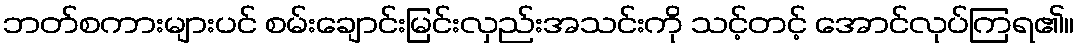
ဘတ်စကားများပင် စမ်းချောင်းမြင်းလှည်းအသင်းကို သင့်တင့် အောင်လုပ်ကြရ၏။